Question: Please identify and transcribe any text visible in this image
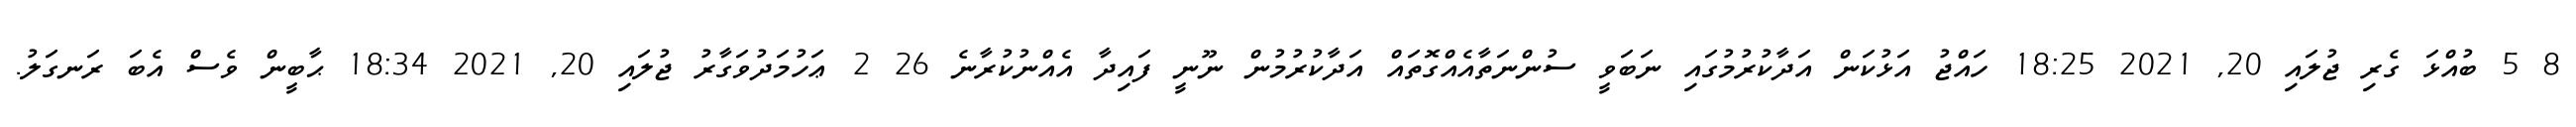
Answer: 8 5 ބުއްޅަ ގެރި ޖުލައި 20, 2021 18:25 ހައްޖު އަޅުކަން އަދާކުރުމުގައި ނަބަވީ ސުންނަތާއެއްގޮތައް އަދާކުރުމުން ނޫނީ ފައިދާ އެއްނުކުރާނެ 26 2 ޢަހުމަދުވަގާރު ޖުލައި 20, 2021 18:34 ޙާބީން ވެސް އެބަ ރަނގަލު.